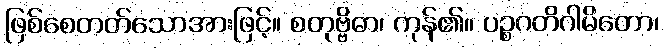
ဖြစ်စေတတ်သောအားဖြင့်။ စတုဗ္ဗိဓာ၊ ကုန်၏။ ပဉ္စဂတိဂါမိတော၊